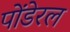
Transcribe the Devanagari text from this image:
पोंडेरल